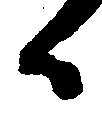
候